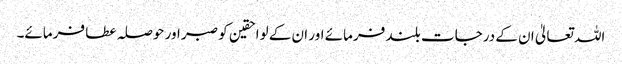
اللہ تعالیٰ ان کے درجات بلند فرمائے اور ان کے لواحقین کو صبر اور حوصلہ عطا فرمائے۔